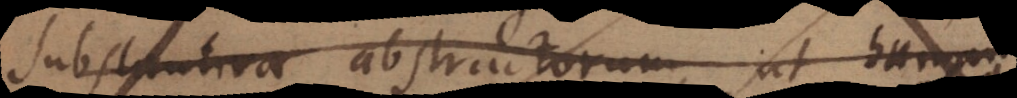
substantiva abstractorum, ut hu